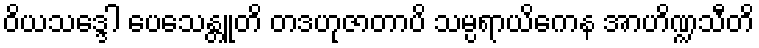
ဝိယသဒ္ဒေါ ပေသေန္တူတိ တဒဟုဇာတာပိ သမ္ပရာယိကေန အာဟိဏ္ဍသီတိ